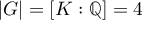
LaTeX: | G | = [ K : \mathbb { Q } ] = 4